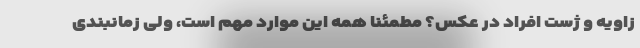
زاویه و ژست افراد در عکس؟ مطمئنا همه این موارد مهم است، ولی زمانبندی